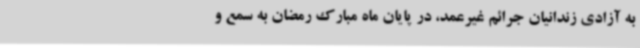
به آزادی زندانیان جرائم غیرعمد، در پایان ماه مبارک رمضان به سمع و